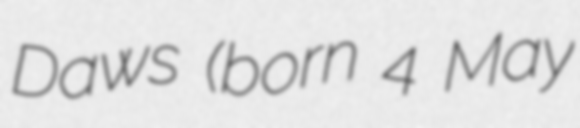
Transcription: Daws (born 4 May